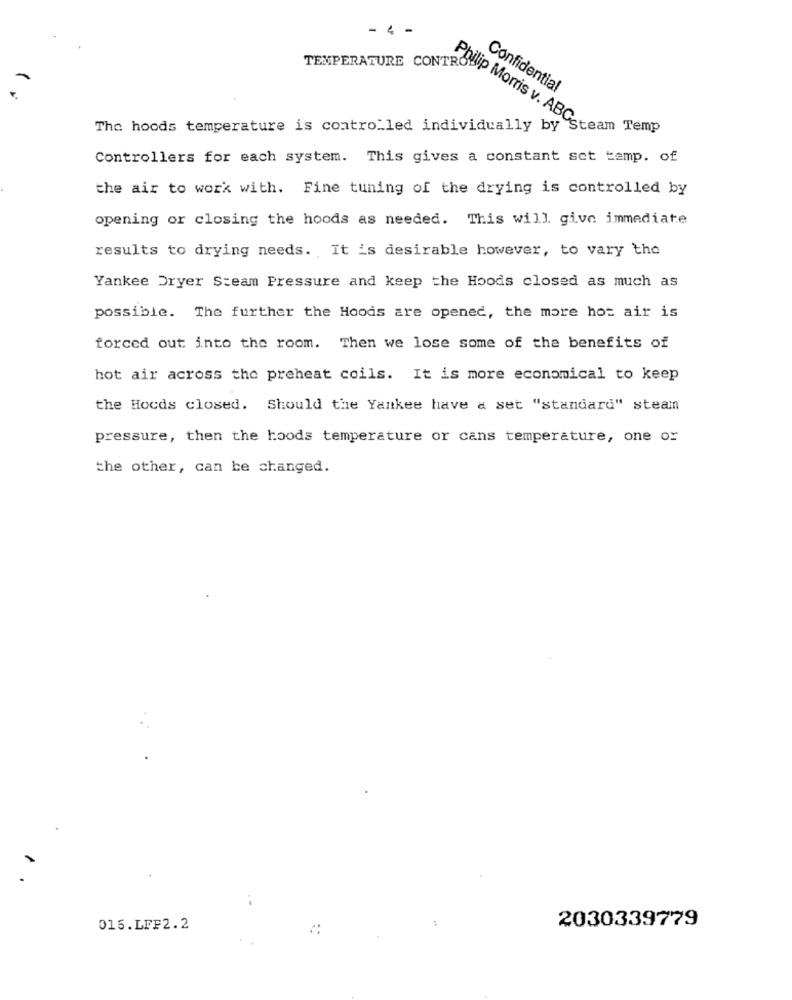
- 4 -
TEMPERATURE CONTRO
Confidential
The hoods temperature is controlled individually by
Philip Morris v. ABCcream Temp
Controllers for each system. This gives a constant sot temp. of
the air to work with. Fine tuning of the drying is controlled by
opening or closing the hoods as needed. This will give immediate
results to drying needs. It is desirable however, to vary the
Yankee Dryer Steam Pressure and keep the Hoods closed as much as
possible. The further the Hoods are opened, the more hot air is
forced out into the room. Then we lose some of the benefits of
hot air across the preheat coils. It is more economical to keep
the Hocds closed. Should the Yankee have a set "standard" steam
pressure, then the hoods temperature or cans temperature, one or
the other, can be changed.
..
2030339779
015.LFF2.2